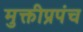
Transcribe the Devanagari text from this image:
मुक्तीप्रपंच